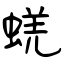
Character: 蜣